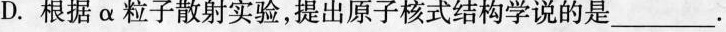
D.根据α粒子散射实验，提出原子核式结构学说的是___。